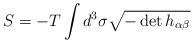
\begin{align*}S = -T \int d^3 \sigma \sqrt{-\det h_{\alpha \beta}}\end{align*}